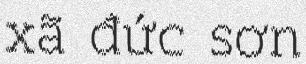
xã đức sơn